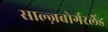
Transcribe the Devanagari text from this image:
साल्ज़बोर्गरलैंड